Vaccine operations Central Provinces 1900-1911 - 1900-1911
Year: 1900
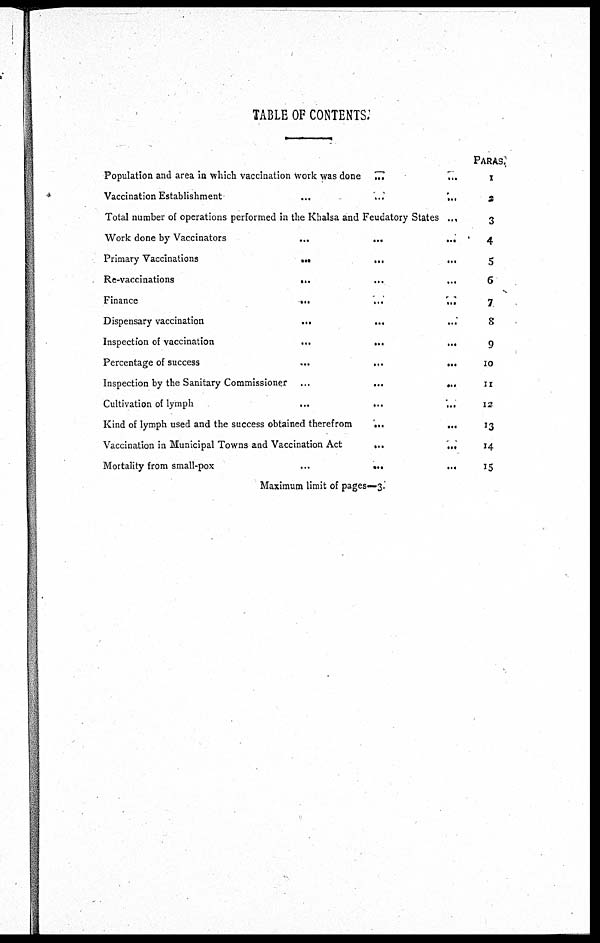
TABLE OF CONTENTS.
Population and area in which vaccination Work was done ...
Vaccination Establishment
...
...
...
Total number of operations performed in the Khalsa and Feudatory States ...
Work done by Vaccinators
...
...
...
Primary Vaccinations
...
...
...
Re-vaccinations
...
...
...
Finance
...
...
...
Dispensary vaccination
...
...
...
Inspection of vaccination
...
...
...
Percentage of success
...
...
...
Inspection by the Sanitary Commissioner ...
...
...
Cultivation of lymph
...
...
...
Kind of lymph used and the success obtained therefrom
...
...
Vaccination in Municipal Towns and Vaccination Act
...
...
...
Mortality from small-pox
...
...
...
PARAS.
1
2
3
4
5
6
7
8
9
10
11
12
13
14
15
Maximum limit of pages—3.